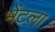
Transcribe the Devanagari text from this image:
भेंटला